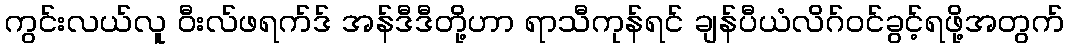
ကွင်းလယ်လူ ဝီးလ်ဖရက်ဒ် အန်ဒီဒီတို့ဟာ ရာသီကုန်ရင် ချန်ပီယံလိဂ်ဝင်ခွင့်ရဖို့အတွက်